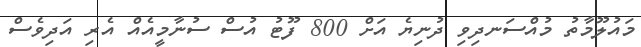
މައުލޫމާތު މުއްސަނދިވި ދުނިޔެ އަށް 800 ފޫޓު އުސް ސުނާމީއެއް އެރި އަދިވެސް